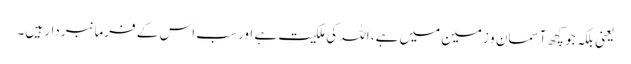
یعنی بلکہ جو کچھ آسمان و زمین میں ہے، اللہ کی ملکیت ہے اور سب اس کے فرمانبردار ہیں۔